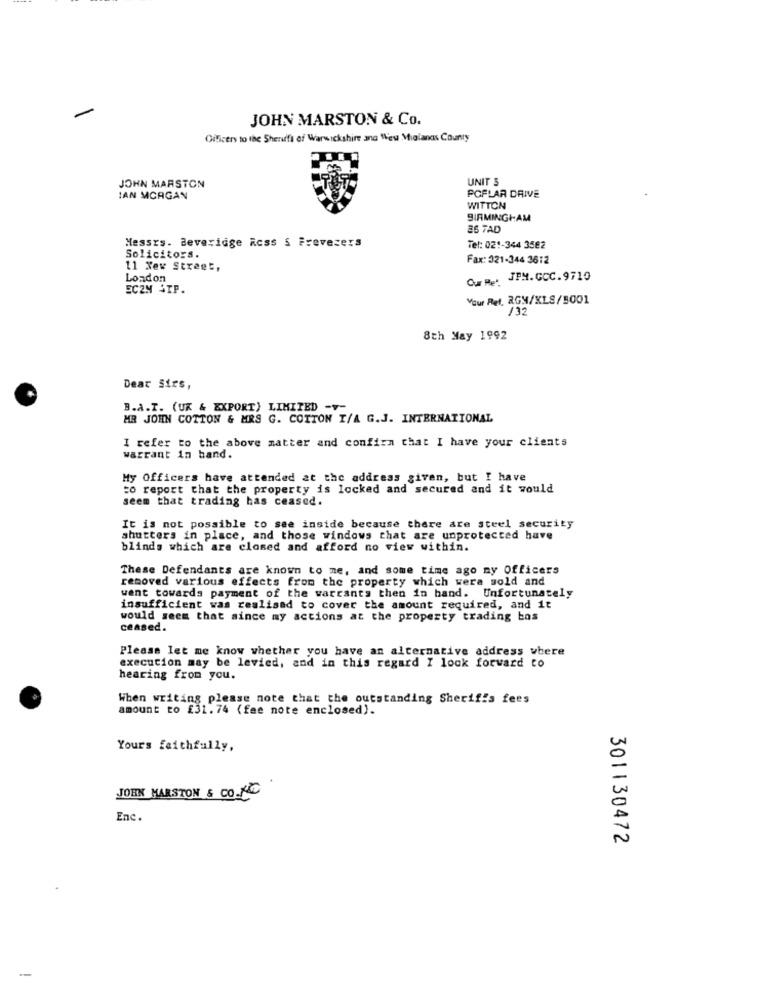
JOHN MARSTON & Co.
Officers to the Sheriffs of Warwickshire ang Wew Mialands County
UNIT 5
JOHN MARSTON
IAN MCAGAN
POFLAR DRIVE
WITTON
BIRMINGHAM
26 7AD
Messrs. Beveridge Acss § Frevezers
Tel: 021-344 3582
Solicitors.
Fax: 321-344 3612
11 New Street,
Loadon
Que JPM.GCC.9710
ECZM ATP.
Your Ret. RGY/XLS/3001
/32
8th May 1992
Dear Sirs,
B.A.T. (UK & EXPORT) LIMITED -v-
MR JOHN COTTON & MRS G. COTTON I/A G.J. INTERNATIONAL
I refer to the above matter and confirm that I have your clients
warrant in band.
My Officers have attended at the address given, but I have
to report that the property is locked and secured and it would
seem that trading has ceased.
It is not possible to see inside because there are steel security
shutters in place, and those windows that are unprotected have
blinds which are closed and afford no view within.
These Defendants are known to me, and some time ago ny Officers
removed various effects from the property which were sold and
want towards payment of the warrants then in hand. Unfortunately
insufficient was realised to cover the amount required, and it
would seem that since my actions at the property trading bos
ceased.
Please let me know whether you have an alternative address where
execution may be levied, and in this regard I look forward to
hearing from you.
When writing please note that the outstanding Sherifis fees
amount to £31.74 (fee note enclosed).
Yours faithfully,
JOHN MARSTON & CO.NC
Enc.
301130472